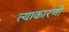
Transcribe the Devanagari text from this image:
त्याकारणी